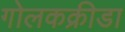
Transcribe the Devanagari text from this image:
गोलकक्रीडा